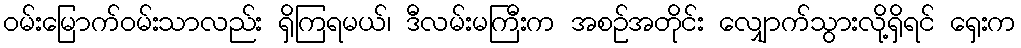
ဝမ်းမြောက်ဝမ်းသာလည်း ရှိကြရမယ်၊ ဒီလမ်းမကြီးက အစဉ်အတိုင်း လျှောက်သွားလို့ရှိရင် ရှေးက